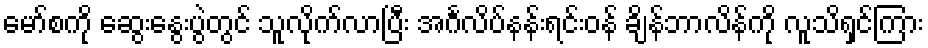
မော်စကို ဆွေးနွေးပွဲတွင် သူလိုက်လာပြီး အင်္ဂလိပ်နန်းရင်းဝန် ချိန်ဘာလိန်ကို လူသိရှင်ကြား